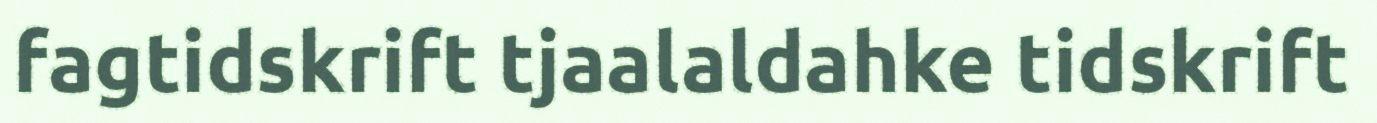
fagtidskrift tjaalaldahke tidskrift